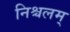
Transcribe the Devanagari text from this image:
निश्चलम्